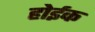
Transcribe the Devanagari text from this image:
होईक